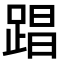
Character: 𮛤